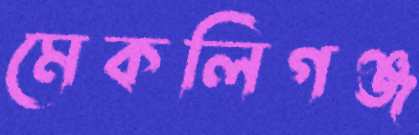
মেকলিগঞ্জ